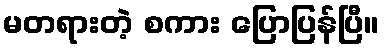
မတရားတဲ့ စကား ပြောပြန်ပြီ။